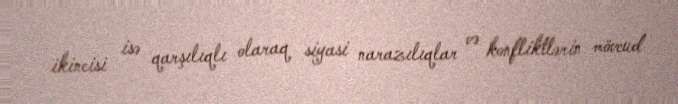
ikincisi isə qarşılıqlı olaraq siyasi narazılıqlar və konfliktlərin mövcud